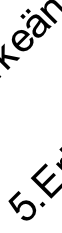
5 ä